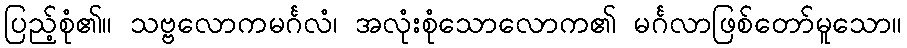
ပြည့်စုံ၏။ သဗ္ဗလောကမင်္ဂလံ၊ အလုံးစုံသောလောက၏ မင်္ဂလာဖြစ်တော်မူသော။